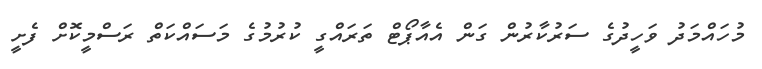
މުހައްމަދު ވަހީދުގެ ސަރުކާރުން ގަން އެއާޕޯޓް ތަރައްގީ ކުރުމުގެ މަސައްކަތް ރަސްމީކޮށް ފެށީ